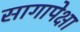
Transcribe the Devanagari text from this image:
सागापेक्षा